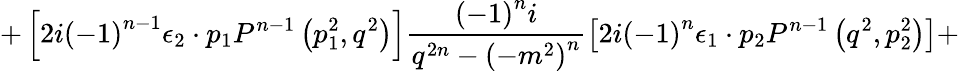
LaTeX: +\left[2i{\left(-1\right)}^{n-1}{\epsilon}_{2}\cdot p_{1}P^{n-1}\left(p_{1}^{2},q^{2}\right)\right]\frac{{\left(-1\right)}^{n}i}{q^{2n}-{\left(-m^{2}\right)}^{n}}\left[2i{\left(-1\right)}^{n}{\epsilon}_{1}\cdot p_{2}P^{n-1}\left(q^{2},p_{2}^{2}\right)\right]+